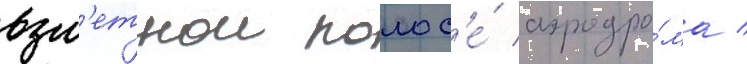
взл'етнои полос'е́ аэродро́ма /